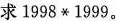
求 1998 * 1999 。